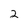
Character: 2